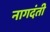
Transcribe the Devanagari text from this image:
नागदंती